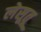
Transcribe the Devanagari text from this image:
लेसूतू